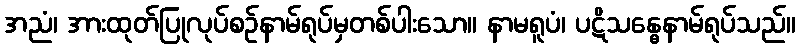
အညံ၊ အားထုတ်ပြုလုပ်စဉ်နာမ်ရုပ်မှတစ်ပါးသော။ နာမရူပံ၊ ပဋိသန္ဓေနာမ်ရုပ်သည်။